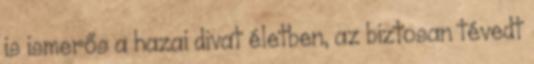
is ismerős a hazai divat életben, az biztosan tévedt